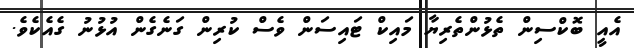
އެއީ ބޮކްސިން ތެޅުންތެރިޔާ މައިކް ޓައިސަން ވެސް ކުރިން ގަނެގެން އުޅުނު ގެއެކެވެ.